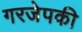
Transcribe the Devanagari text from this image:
गरजेपकी